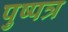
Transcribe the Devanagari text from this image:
पुष्पत्र